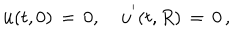
{ \bf u } ( t , 0 ) \, = \, 0 , \quad { \bf u } ^ { ' } ( t , R ) \, = \, 0 \, { , }